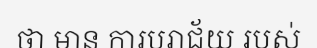
ថា មាន ការបរាជ័យ របស់